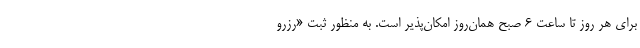
برای هر روز تا ساعت ۶ صبح همان‌روز امکان‌پذیر است. به منظور ثبت «رزرو